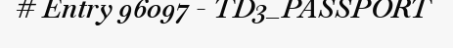
# Entry 96097 - TD3_PASSPORT